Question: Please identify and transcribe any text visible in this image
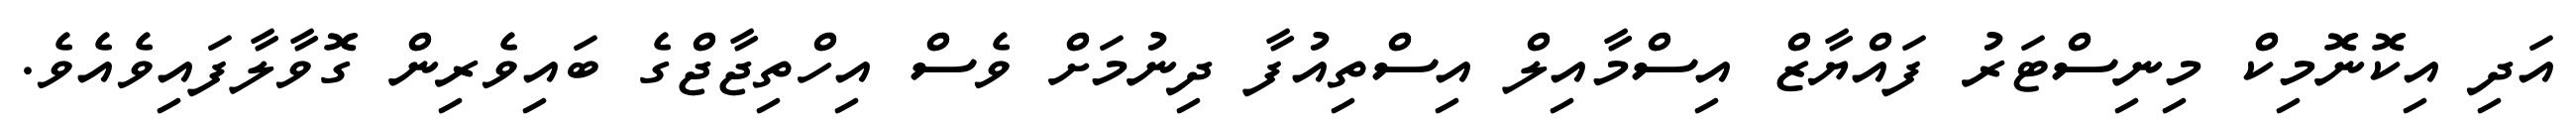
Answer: އަދި އިކޮނޮމިކް މިނިސްޓަރު ފައްޔާޒް އިސްމާއިލް އިސްތިއުފާ ދިނުމަށް ވެސް އިހްތިޖާޖްގެ ބައިވެރިން ގޮވާލާފައިވެއެވެ.